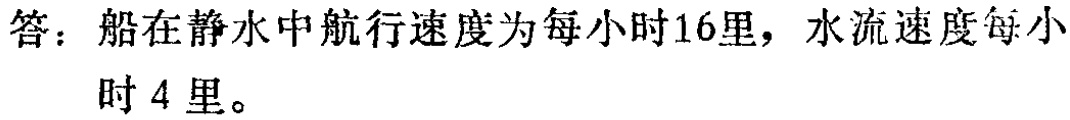
答：船在静水中航行速度为每小时16里，水流速度每小

时4里。